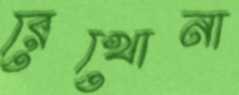
রেখোনা